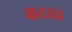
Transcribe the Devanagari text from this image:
वातउदा